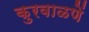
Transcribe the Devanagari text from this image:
कुरवाळणें